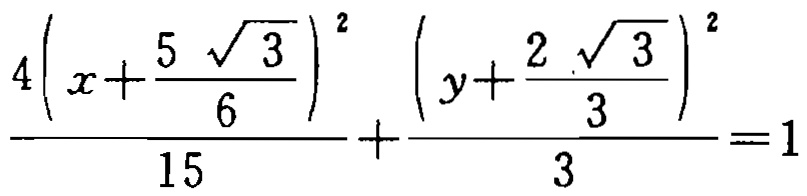
\(\frac{4\left(x + \frac{5\sqrt{3}}{6}\right)^2}{15}+\frac{\left(y + \frac{2\sqrt{3}}{3}\right)^2}{3}=1\)